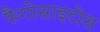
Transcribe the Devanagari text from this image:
फैगोसाइटोस